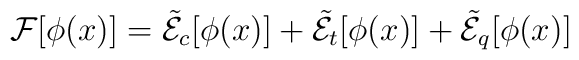
{\cal F}[\phi(x)] = \tilde{\cal E}_c[\phi(x)] + \tilde{\cal E}_t[\phi(x)] + \tilde{\cal E}_q[\phi(x)]